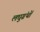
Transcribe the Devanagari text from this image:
लघुग्रंथों